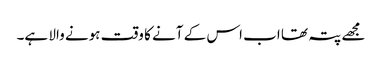
مجھے پتہ تھا اب اس کے آنے کا وقت ہونے والا ہے۔